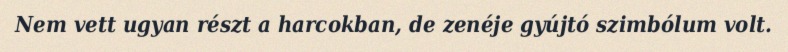
Nem vett ugyan részt a harcokban, de zenéje gyújtó szimbólum volt.